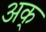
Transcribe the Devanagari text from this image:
अक्